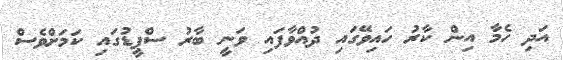
އަދި ހެމާ އިން ކާރު ހައިވޭގައި ދުއްވާފައި ވަނީ ބާރު ސްޕީޑުގައި ކަމަށްވެސް